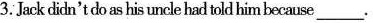
3.Jack didn'tdoashis uncle hadtold hi mbecause ___.